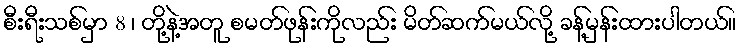
စီးရီးသစ်မှာ 8 ၊ တို့နဲ့အတူ စမတ်ဖုန်းကိုလည်း မိတ်ဆက်မယ်လို့ ခန့်မှန်းထားပါတယ်။